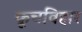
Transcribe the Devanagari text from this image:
कूचविहार